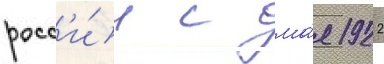
росс'и́и с ма́я 1922